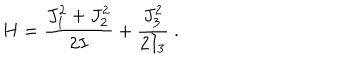
LaTeX: H = \frac { J _ { 1 } ^ { 2 } + J _ { 2 } ^ { 2 } } { 2 I } + \frac { J _ { 3 } ^ { 2 } } { 2 I _ { 3 } } ~ .